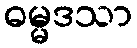
ဓမ္မဒသာ